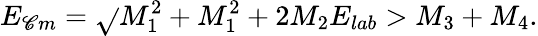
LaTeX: E_{\mathscr{C}m}=\sqrt{}{{M_{1}^{2}+M_{1}^{2}+2M_{2}E_{lab}}}>M_{3}+M_{4}.